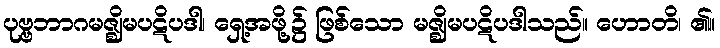
ပုဗ္ဗဘာဂမဇ္ဈိမပဋိပဒါ၊ ရှေ့အဖို့၌ ဖြစ်သော မဇ္ဈိမပဋိပဒါသည်။ ဟောတိ၊ ၏။